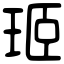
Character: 㺿